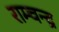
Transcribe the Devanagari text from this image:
राम्चन्द्र